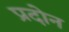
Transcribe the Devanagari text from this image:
प्रदोन